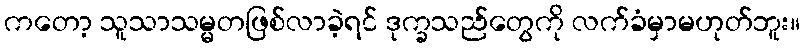
ကတော့ သူသာသမ္မတဖြစ်လာခဲ့ရင် ဒုက္ခသည်တွေကို လက်ခံမှာမဟုတ်ဘူး။